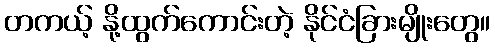
တကယ့် နို့ထွက်ကောင်းတဲ့ နိုင်ငံခြားမျိုးတွေ။